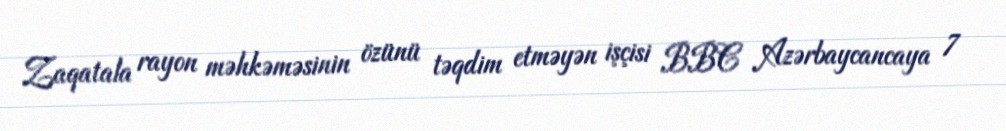
Zaqatala rayon məhkəməsinin özünü təqdim etməyən işçisi BBC Azərbaycancaya 7